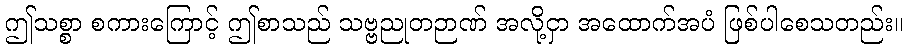
ဤသစ္စာ စကားကြောင့် ဤစာသည် သဗ္ဗညုတဉာဏ် အလို့ငှာ အထောက်အပံ ဖြစ်ပါစေသတည်း။